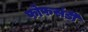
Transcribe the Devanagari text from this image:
फोफसंडी